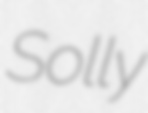
Solly